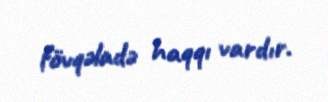
fövqəladə haqqı vardır.